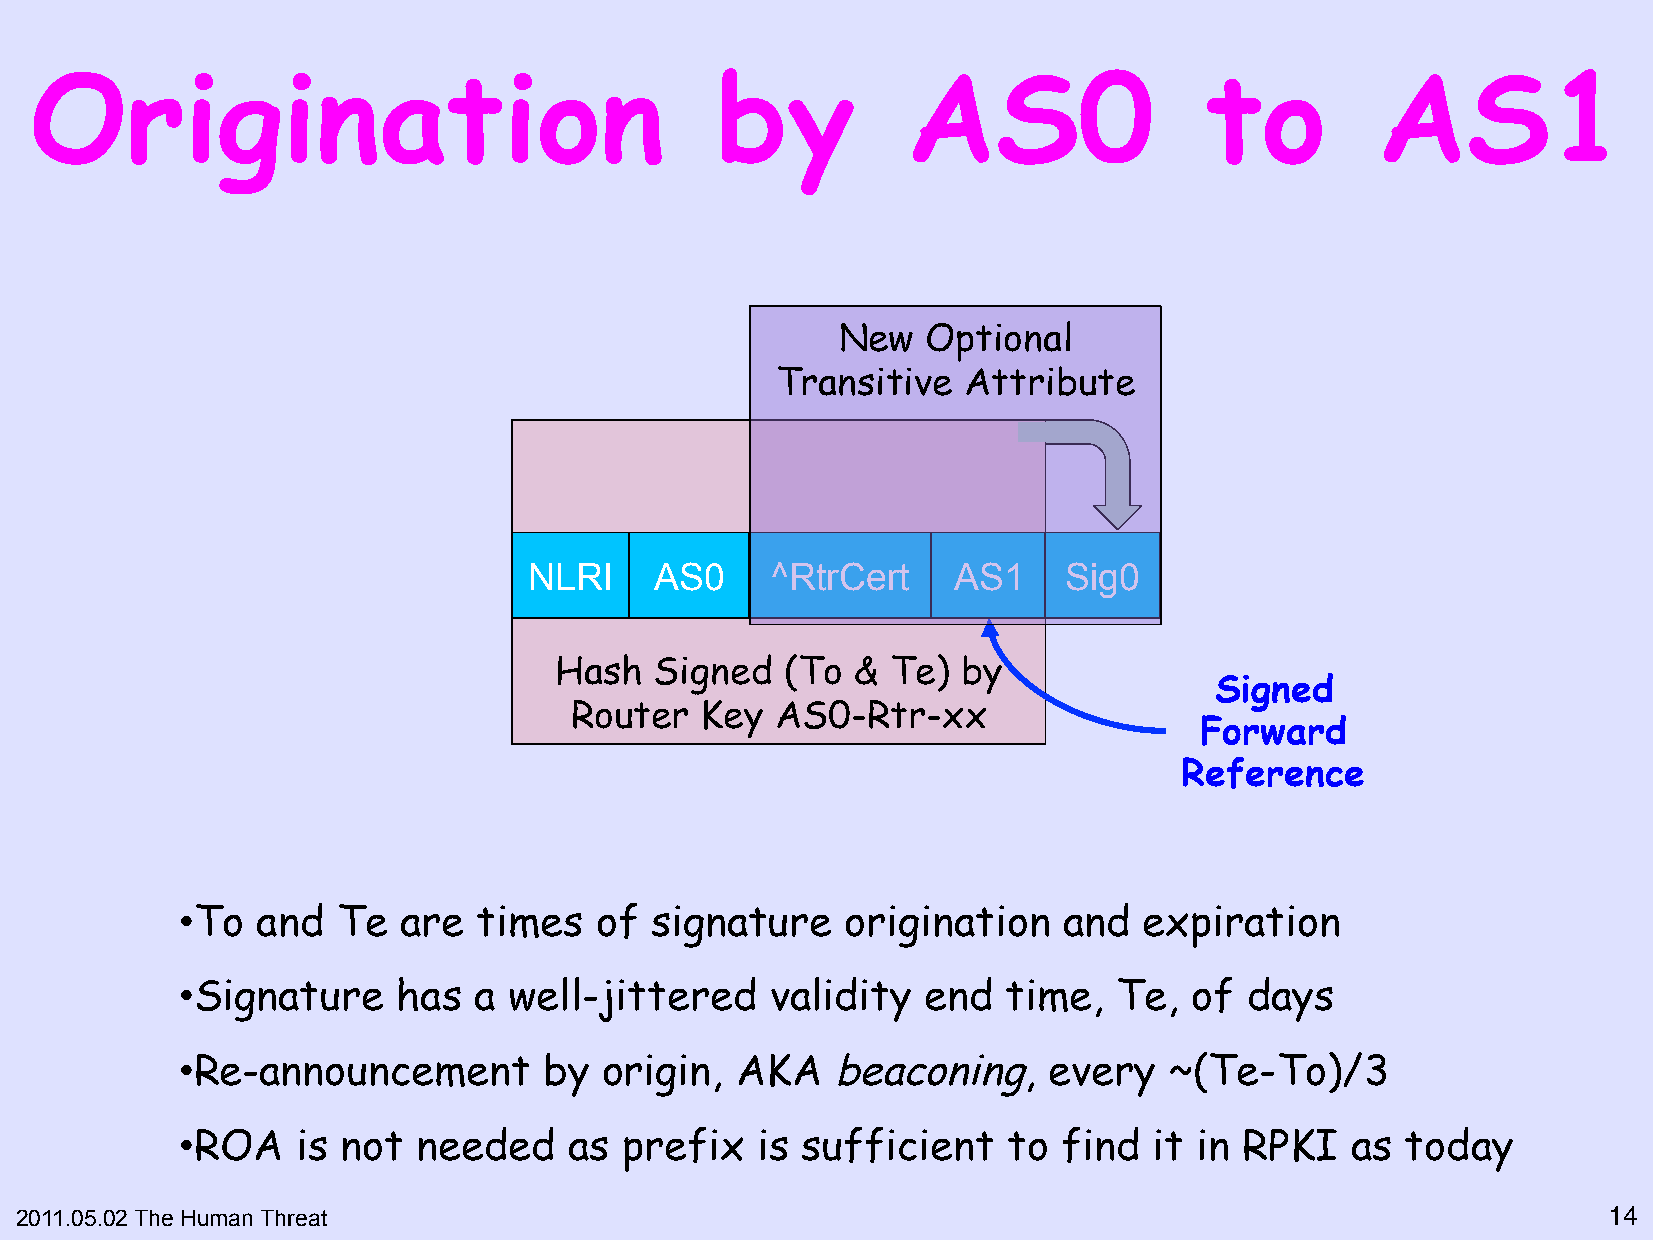
Origination                                  by           AS0                 to         AS1
 New   Optional
 Transitive   Attribute
 NLRI    AS0     ^RtrCert    AS1    Sig0
 Hash  Signed   (To  & Te)  by
 Signed
 Router  Key  AS0-Rtr-xx
 Forward
 Reference
 • To and  Te  are   times  of  signature    origination   and   expiration
 • Signature   has  a  well-jittered    validity  end   time,  Te,  of  days
 • Re-announcement       by  origin,  AKA   beaconing,    every   ~(Te-To)/3
 • ROA   is not  needed    as prefix   is sufficient    to find  it in RPKI   as  today
 2011.05.02 The Human Threat                                                                              14"